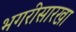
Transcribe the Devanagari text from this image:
भगरीसारखा